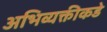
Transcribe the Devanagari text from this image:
अभिव्यक्तीकडे